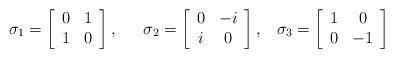
LaTeX: \begin{align*}\sigma _{1}=\left[ \begin{array}{cc}0 & 1 \\ 1 & 0\end{array}\right] ,\;\;\ \ \ \sigma _{2}=\left[ \begin{array}{cc}0 & -i \\ i & 0\end{array}\right] ,\;\;\;\sigma _{3}=\left[ \begin{array}{cc}1 & 0 \\ 0 & -1\end{array}\right]\end{align*}